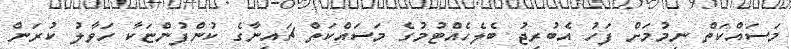
މަސައްކަތް ނިމުމަށް ފަހު އެބުރިޖު ބެލެހެއްޓުމުގެ މަސައްކަތް ޗައިނާގެ ކުންފުންޏަކާ ހަވާލު ކުރަން